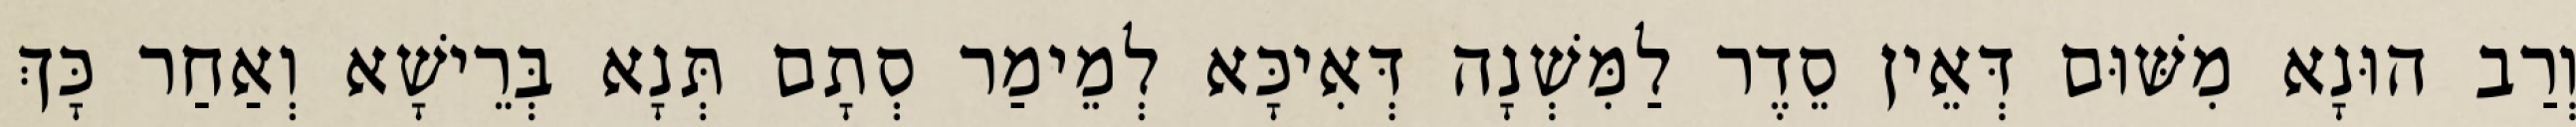
וְרַב הוּנָא מִשּׁוּם דְּאֵין סֵדֶר לַמִּשְׁנָה דְּאִיכָּא לְמֵימַר סְתָם תְּנָא בְּרֵישָׁא וְאַחַר כָּךְ